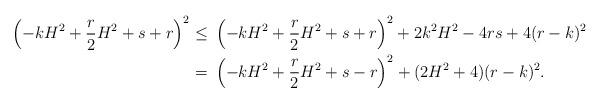
LaTeX: \begin{align*}\left(-kH^2 + \frac{r}{2}H^2+s+r\right)^2 \leq\ & \left(-kH^2 + \frac{r}{2}H^2+s+r\right)^2 + 2k^2H^2 -4rs +4(r-k)^2\\ =\ & \left(-kH^2 + \frac{r}{2}H^2+s-r\right)^2 + (2H^2+4)(r-k)^2.\end{align*}